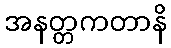
အနတ္တကတာနိ